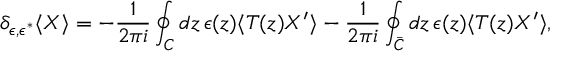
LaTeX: \delta _ { \epsilon , \epsilon ^ { * } } \langle X \rangle = - \frac { 1 } { 2 \pi i } \oint _ { C } d z \, \epsilon ( z ) \langle T ( z ) X ^ { \prime } \rangle - \frac { 1 } { 2 \pi i } \oint _ { \bar { C } } d z \, \epsilon ( z ) \langle T ( z ) X ^ { \prime } \rangle ,